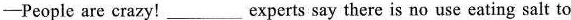
—People are crazy!___experts say there is no use eating salt to